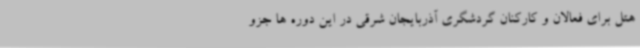
هتل برای فعالان و کارکنان گردشگری آذربایجان شرقی در این دوره ها جزو